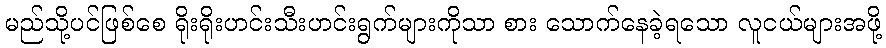
မည်သို့ပင်ဖြစ်စေ ရိုးရိုးဟင်းသီးဟင်းရွက်များကိုသာ စား သောက်နေခဲ့ရသော လူငယ်များအဖို့